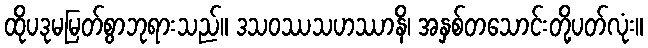
ထိုပဒုမမြတ်စွာဘုရားသည်။ ဒသဝဿသဟဿာနိ၊ အနှစ်တသောင်းတို့ပတ်လုံး။